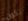
تكون